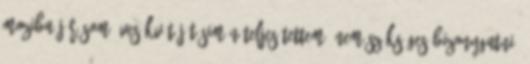
moziba járásom éves kvótáját simán teljesítettem. Nem szükséges bizonygatni,